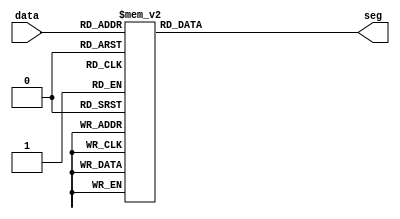
module digseg_driver(
	input [3:0] data,
	output reg [0:6] seg);

	always @(*) begin
		case (data)
			4'b0000: seg = 7'b1111110;
			4'b0001: seg = 7'b0110000;
			4'b0010: seg = 7'b1101101;
			4'b0011: seg = 7'b1111001;
			4'b0100: seg = 7'b0110011;
			4'b0101: seg = 7'b1011011;
			4'b0110: seg = 7'b1011111;
			4'b0111: seg = 7'b1110000;
			4'b1000: seg = 7'b1111111;
			4'b1001: seg = 7'b1110011;
			4'b1010: seg = 7'b1110111;
			4'b1011: seg = 7'b0011111;
			4'b1100: seg = 7'b1001110;
			4'b1101: seg = 7'b0111101;
			4'b1110: seg = 7'b1001111;
			4'b1111: seg = 7'b1000111;
		endcase
	end
endmodule